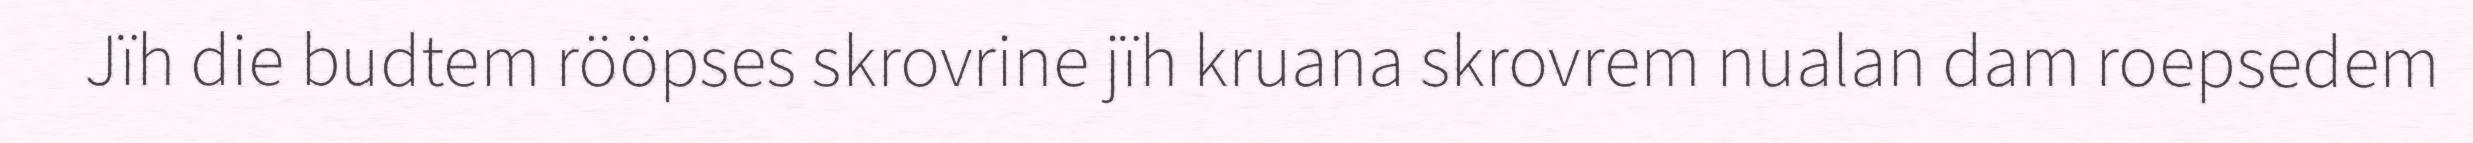
Jïh die budtem rööpses skrovrine jïh kruana skrovrem nualan dam roepsedem